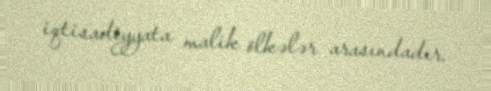
iqtisadiyyata malik ölkələr arasındadır.